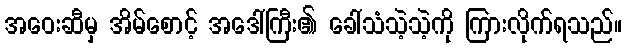
အဝေးဆီမှ အိမ်စောင့် အဒေါ်ကြီး၏ ခေါ်သံသဲ့သဲ့ကို ကြားလိုက်ရသည်။